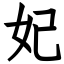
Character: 妃